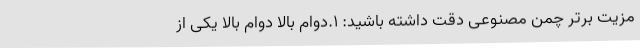
مزیت برتر چمن مصنوعی دقت داشته باشید: 1.دوام بالا دوام بالا یکی از